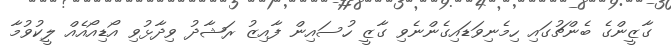
ގާޒީންގެ ބެންޗުގައި ހިމެނިވަޑައިގެންނެވި ގާޒީ ހުސައިން ފާއިޒު ރަޝާދު ވިދާޅުވި އޯޑިއޯއެއް ލީކުވުމާ